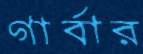
গার্বার